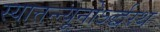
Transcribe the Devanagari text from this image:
स्यात्तन्न्यूनोऽर्द्धरथ